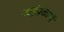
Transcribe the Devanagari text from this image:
कईप्रकार्यों